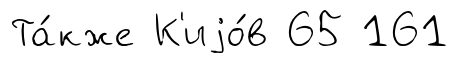
Та́кже К'иjо́в 65 161